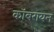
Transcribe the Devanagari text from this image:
कॉबरायन